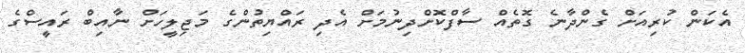
އެކަން ކުރިއަށް ގެންދާނެ ގޮތެއް ސާފްކޮށްދިނުމަށް އެދި ރައްޔިތުންގެ މަޖިލީހަށް ނާއިބް ރައީސްގެ